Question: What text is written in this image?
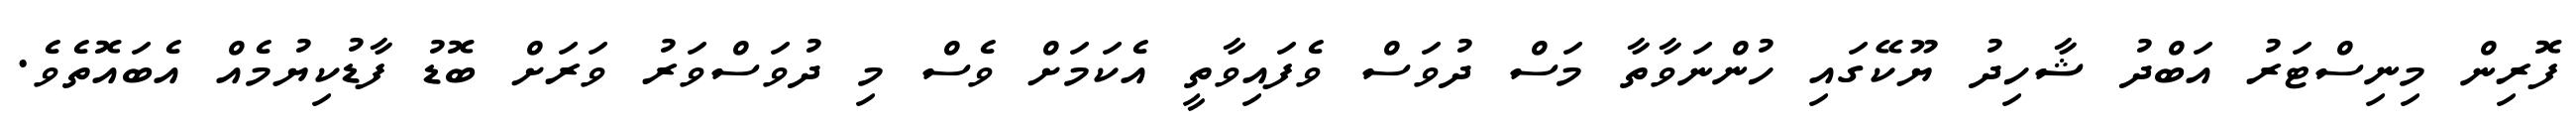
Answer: ފޮރިން މިނިސްޓަރު އަބްދު ޝާހިދު ޔޫކޭގައި ހުންނަވާތާ މަސް ދުވަސް ވެފައިވާތީ އެކަމަށް ވެސް މި ދުވަސްވަރު ވަރަށް ބޮޑު ފާޑުކިޔުމެއް އެބައޮތެވެ.